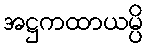
အဋ္ဌကထာယမ္ပိ